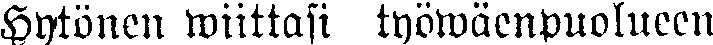
Hytönen wiittasi työwäenpuolueen